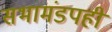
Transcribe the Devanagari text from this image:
सभामंडपही